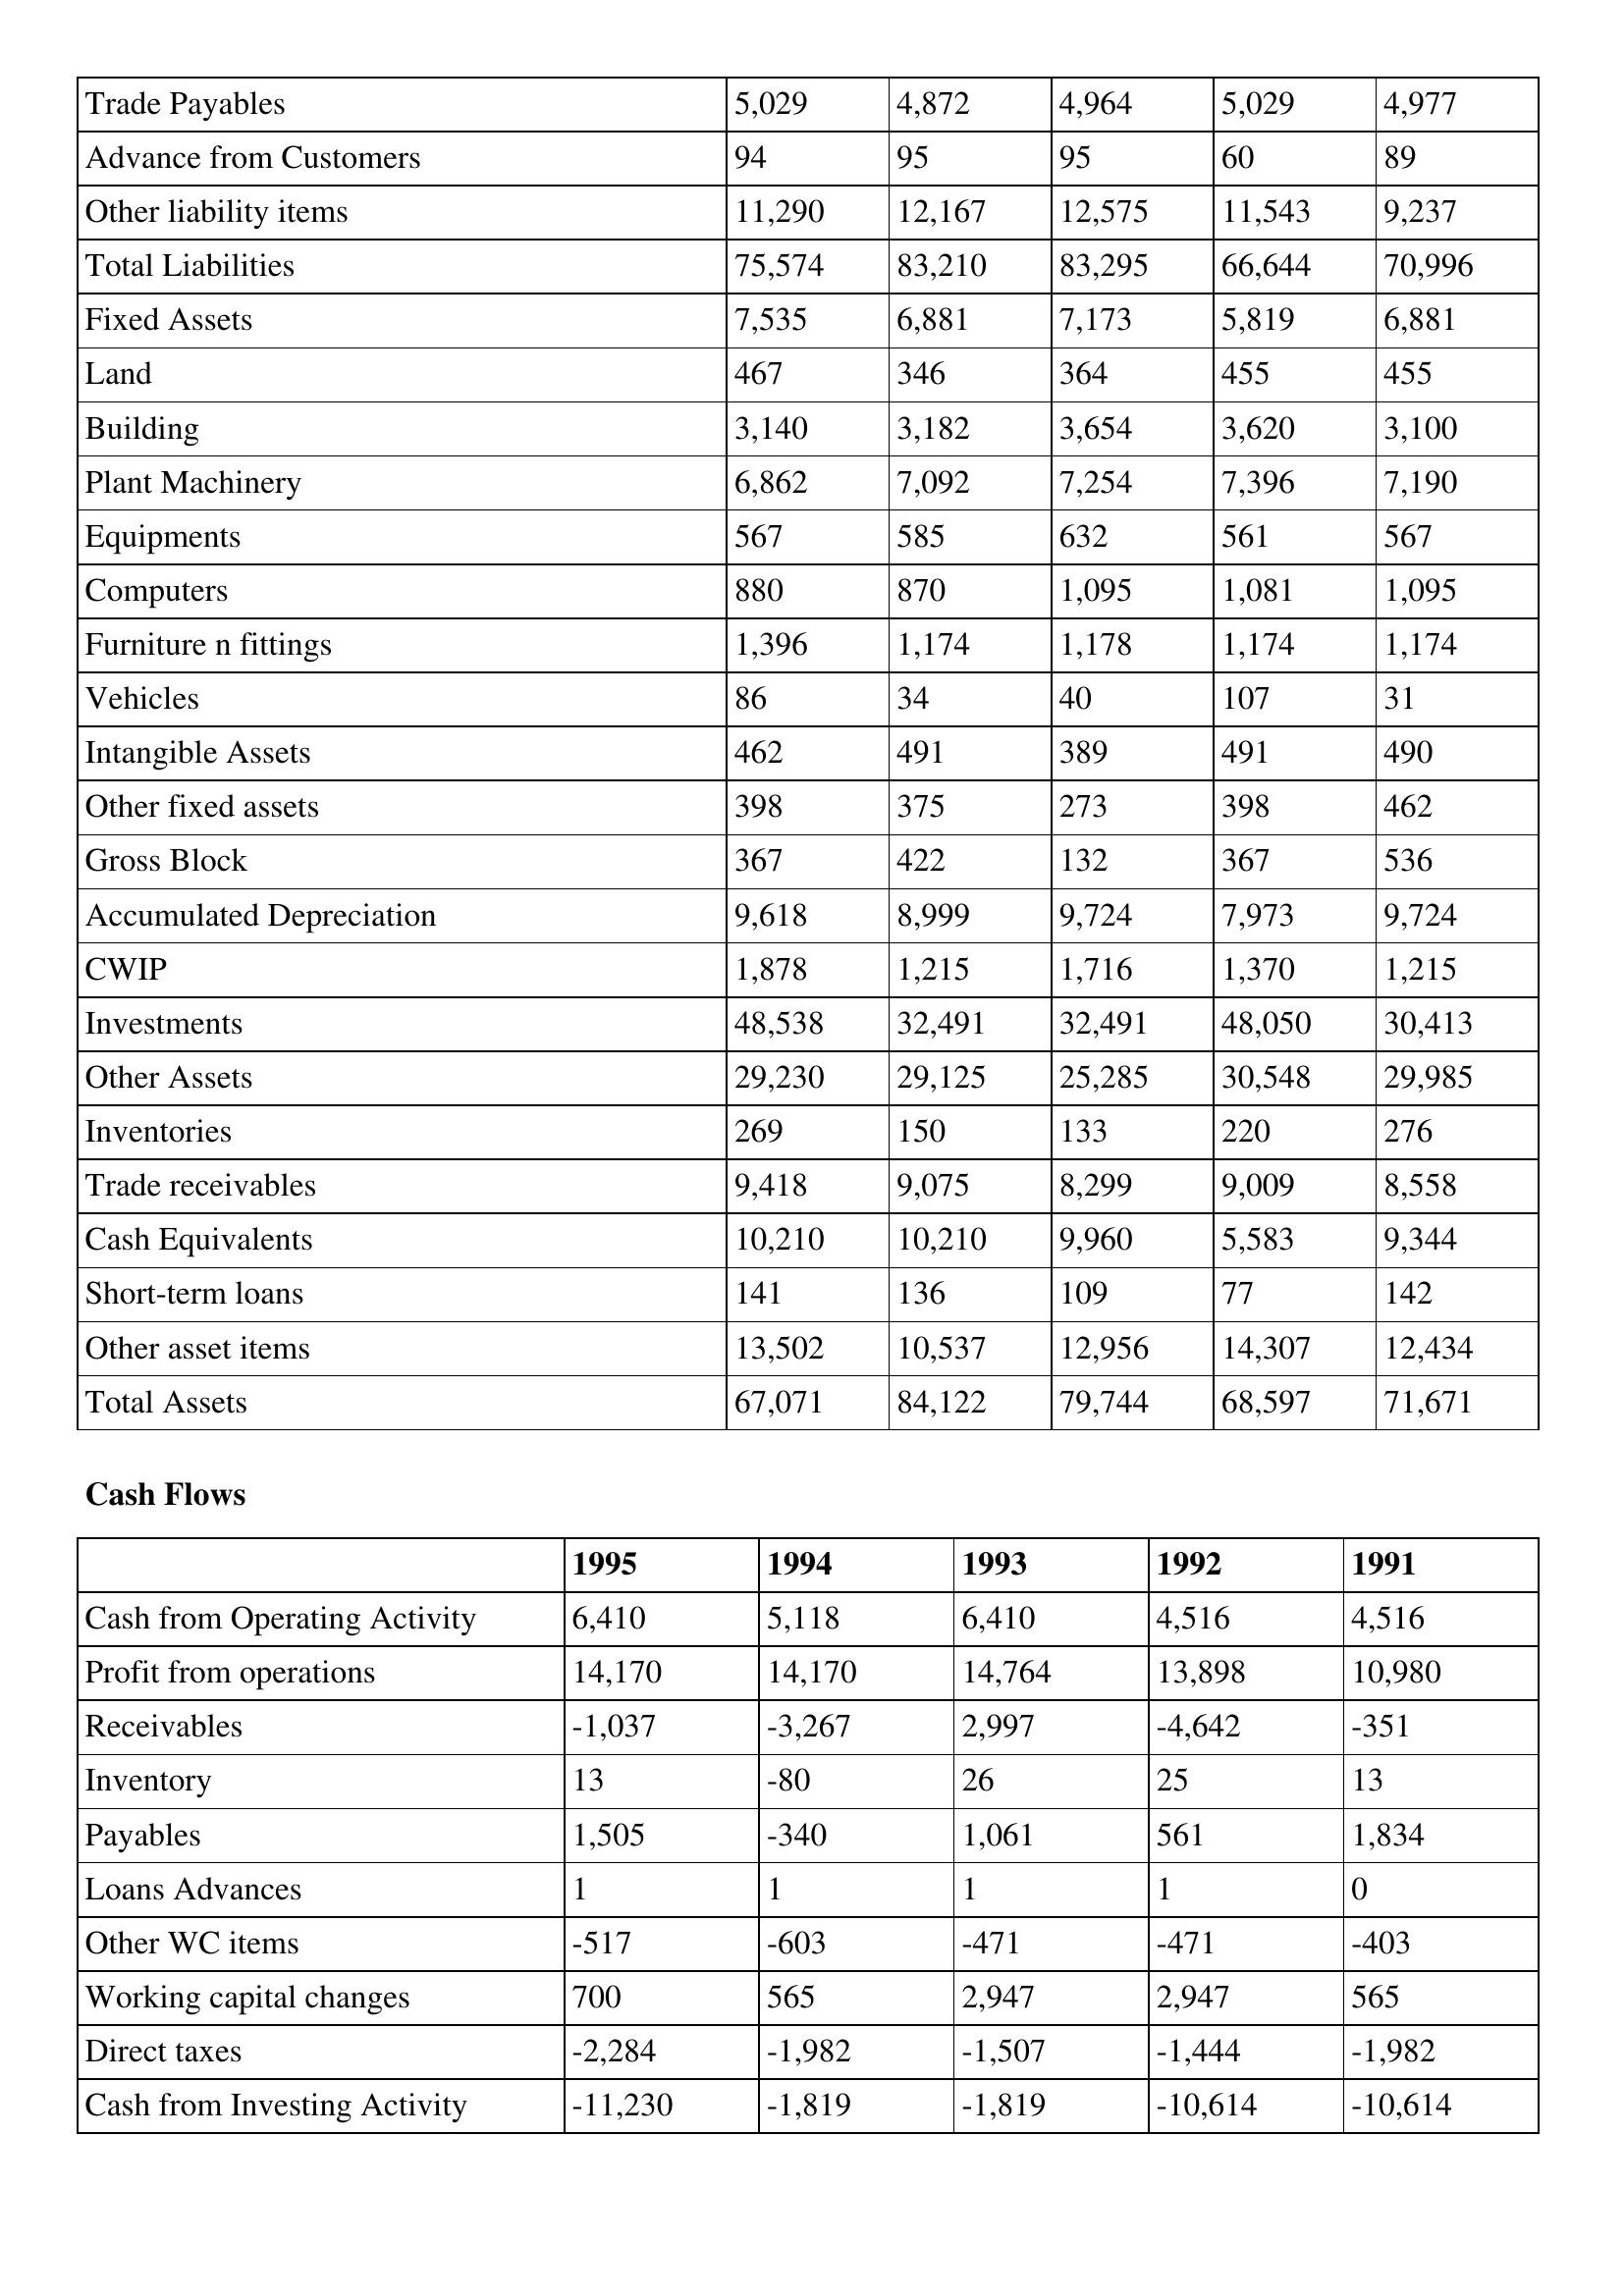
gt_parse: 1995: Balance Sheet: Trade Payables: 5,029
Advance from Customers: 94
Other liability items: 11,290
Total Liabilities: 75,574
Fixed Assets: 7,535
Land: 467
Building: 3,140
Plant Machinery: 6,862
Equipments: 567
Computers: 880
Furniture n fittings: 1,396
Vehicles: 86
Intangible Assets: 462
Other fixed assets: 398
Gross Block: 367
Accumulated Depreciation: 9,618
CWIP: 1,878
Investments: 48,538
Other Assets: 29,230
Inventories: 269
Trade receivables: 9,418
Cash Equivalents: 10,210
Short-term loans: 141
Other asset items: 13,502
Total Assets: 67,071
Cash Flows: Cash from Operating Activity: 6,410
Profit from operations: 14,170
Receivables: -1,037
Inventory: 13
Payables: 1,505
Loans Advances: 1
Other WC items: -517
Working capital changes: 700
Direct taxes: -2,284
Cash from Investing Activity: -11,230
1994: Balance Sheet: Trade Payables: 4,872
Advance from Customers: 95
Other liability items: 12,167
Total Liabilities: 83,210
Fixed Assets: 6,881
Land: 346
Building: 3,182
Plant Machinery: 7,092
Equipments: 585
Computers: 870
Furniture n fittings: 1,174
Vehicles: 34
Intangible Assets: 491
Other fixed assets: 375
Gross Block: 422
Accumulated Depreciation: 8,999
CWIP: 1,215
Investments: 32,491
Other Assets: 29,125
Inventories: 150
Trade receivables: 9,075
Cash Equivalents: 10,210
Short-term loans: 136
Other asset items: 10,537
Total Assets: 84,122
Cash Flows: Cash from Operating Activity: 5,118
Profit from operations: 14,170
Receivables: -3,267
Inventory: -80
Payables: -340
Loans Advances: 1
Other WC items: -603
Working capital changes: 565
Direct taxes: -1,982
Cash from Investing Activity: -1,819
1993: Balance Sheet: Trade Payables: 4,964
Advance from Customers: 95
Other liability items: 12,575
Total Liabilities: 83,295
Fixed Assets: 7,173
Land: 364
Building: 3,654
Plant Machinery: 7,254
Equipments: 632
Computers: 1,095
Furniture n fittings: 1,178
Vehicles: 40
Intangible Assets: 389
Other fixed assets: 273
Gross Block: 132
Accumulated Depreciation: 9,724
CWIP: 1,716
Investments: 32,491
Other Assets: 25,285
Inventories: 133
Trade receivables: 8,299
Cash Equivalents: 9,960
Short-term loans: 109
Other asset items: 12,956
Total Assets: 79,744
Cash Flows: Cash from Operating Activity: 6,410
Profit from operations: 14,764
Receivables: 2,997
Inventory: 26
Payables: 1,061
Loans Advances: 1
Other WC items: -471
Working capital changes: 2,947
Direct taxes: -1,507
Cash from Investing Activity: -1,819
1992: Balance Sheet: Trade Payables: 5,029
Advance from Customers: 60
Other liability items: 11,543
Total Liabilities: 66,644
Fixed Assets: 5,819
Land: 455
Building: 3,620
Plant Machinery: 7,396
Equipments: 561
Computers: 1,081
Furniture n fittings: 1,174
Vehicles: 107
Intangible Assets: 491
Other fixed assets: 398
Gross Block: 367
Accumulated Depreciation: 7,973
CWIP: 1,370
Investments: 48,050
Other Assets: 30,548
Inventories: 220
Trade receivables: 9,009
Cash Equivalents: 5,583
Short-term loans: 77
Other asset items: 14,307
Total Assets: 68,597
Cash Flows: Cash from Operating Activity: 4,516
Profit from operations: 13,898
Receivables: -4,642
Inventory: 25
Payables: 561
Loans Advances: 1
Other WC items: -471
Working capital changes: 2,947
Direct taxes: -1,444
Cash from Investing Activity: -10,614
1991: Balance Sheet: Trade Payables: 4,977
Advance from Customers: 89
Other liability items: 9,237
Total Liabilities: 70,996
Fixed Assets: 6,881
Land: 455
Building: 3,100
Plant Machinery: 7,190
Equipments: 567
Computers: 1,095
Furniture n fittings: 1,174
Vehicles: 31
Intangible Assets: 490
Other fixed assets: 462
Gross Block: 536
Accumulated Depreciation: 9,724
CWIP: 1,215
Investments: 30,413
Other Assets: 29,985
Inventories: 276
Trade receivables: 8,558
Cash Equivalents: 9,344
Short-term loans: 142
Other asset items: 12,434
Total Assets: 71,671
Cash Flows: Cash from Operating Activity: 4,516
Profit from operations: 10,980
Receivables: -351
Inventory: 13
Payables: 1,834
Loans Advances: 0
Other WC items: -403
Working capital changes: 565
Direct taxes: -1,982
Cash from Investing Activity: -10,614